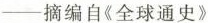
——摘编自《全球通史》